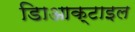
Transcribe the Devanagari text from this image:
डािआक्टाइल